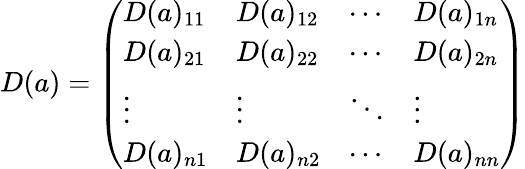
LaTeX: D(a)={\left(\begin{array}{llll}{D(a)_{11}}&{D(a)_{12}}&{\cdots}&{D(a)_{1n}}\\ {D(a)_{21}}&{D(a)_{22}}&{\cdots}&{D(a)_{2n}}\\ {\vdots}&{\vdots}&{\ddots}&{\vdots}\\ {D(a)_{n1}}&{D(a)_{n2}}&{\cdots}&{D(a)_{nn}}\end{array}\right)}